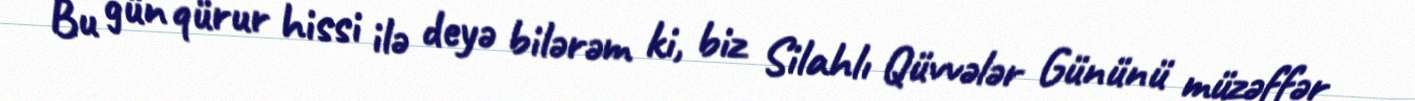
Bu gün qürur hissi ilə deyə bilərəm ki, biz Silahlı Qüvvələr Gününü müzəffər